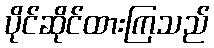
ပိုင်ဆိုင်ထားကြသည်